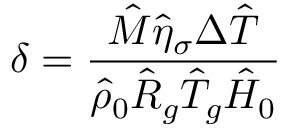
\delta = \frac { \hat { M } \hat { \eta } _ { \sigma } \Delta \hat { T } } { \hat { \rho } _ { 0 } \hat { R } _ { g } \hat { T } _ { g } \hat { H } _ { 0 } }